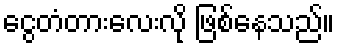
ငွေတံတားလေးလို ဖြစ်နေသည်။